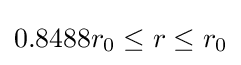
0.8488r_{0}\leq r\leq r_{0}